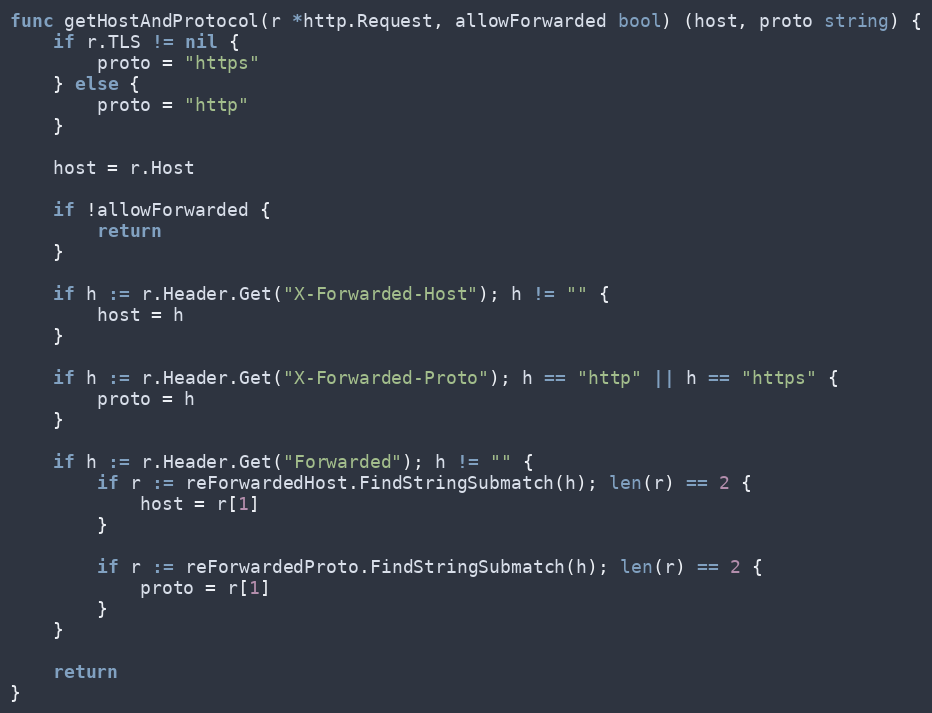
Language: Go
func getHostAndProtocol(r *http.Request, allowForwarded bool) (host, proto string) {
	if r.TLS != nil {
		proto = "https"
	} else {
		proto = "http"
	}

	host = r.Host

	if !allowForwarded {
		return
	}

	if h := r.Header.Get("X-Forwarded-Host"); h != "" {
		host = h
	}

	if h := r.Header.Get("X-Forwarded-Proto"); h == "http" || h == "https" {
		proto = h
	}

	if h := r.Header.Get("Forwarded"); h != "" {
		if r := reForwardedHost.FindStringSubmatch(h); len(r) == 2 {
			host = r[1]
		}

		if r := reForwardedProto.FindStringSubmatch(h); len(r) == 2 {
			proto = r[1]
		}
	}

	return
}